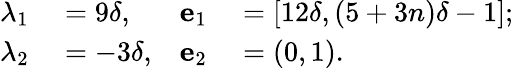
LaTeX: \begin{array}{rlrl}{\lambda_{1}}&{{}=9\delta,}&{\mathbf{e}_{1}}&{{}=[12\delta,(5+3n)\delta-1];}\\ {\lambda_{2}}&{{}=-3\delta,}&{\mathbf{e}_{2}}&{{}=(0,1).}\end{array}